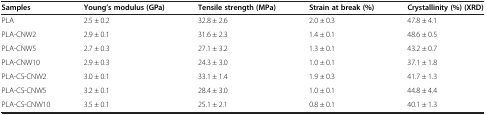
<table><thead><tr><td><b>Samples</b></td><td><b>Young’s modulus (GPa)</b></td><td><b>Tensile strength (MPa)</b></td><td><b>Strain at break (%)</b></td><td><b>Crystallinity (%) (XRD)</b></td></tr></thead><tbody><tr><td>PLA</td><td>2.5 ± 0.2</td><td>32.8 ± 2.6</td><td>2.0 ± 0.3</td><td>47.8 ± 4.1</td></tr><tr><td>PLA-CNW2</td><td>2.9 ± 0.1</td><td>31.6 ± 2.3</td><td>1.4 ± 0.1</td><td>48.6 ± 0.5</td></tr><tr><td>PLA-CNW5</td><td>2.7 ± 0.3</td><td>27.1 ± 3.2</td><td>1.3 ± 0.1</td><td>43.2 ± 0.7</td></tr><tr><td>PLA-CNW10</td><td>2.9 ± 0.3</td><td>24.3 ± 3.0</td><td>1.0 ± 0.1</td><td>37.1 ± 1.8</td></tr><tr><td>PLA-CS-CNW2</td><td>3.0 ± 0.1</td><td>33.1 ± 1.4</td><td>1.9 ± 0.3</td><td>41.7 ± 1.3</td></tr><tr><td>PLA-CS-CNW5</td><td>3.2 ± 0.1</td><td>28.4 ± 3.0</td><td>1.0 ± 0.1</td><td>44.8 ± 4.4</td></tr><tr><td>PLA-CS-CNW10</td><td>3.5 ± 0.1</td><td>25.1 ± 2.1</td><td>0.8 ± 0.1</td><td>40.1 ± 1.3</td></tr></tbody></table>